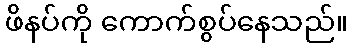
ဖိနပ်ကို ကောက်စွပ်နေသည်။